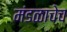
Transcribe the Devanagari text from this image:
मंडळाचेच